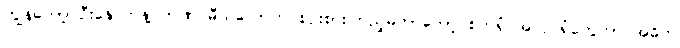
ကျွန်တော့် ဦးနှောက်နဲ့ ဉာဏ် မီသလောက် စဉ်းစားကြည့်မိတာတော့ စက်ရုံ အလုပ်ရုံတွေဟာ အဓိက